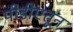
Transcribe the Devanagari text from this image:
पीडीएतून